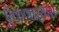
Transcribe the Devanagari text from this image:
ऐकणार्‍यास